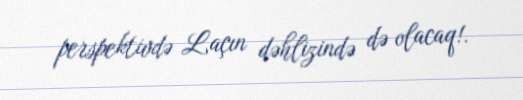
perspektivdə Laçın dəhlizində də olacaq!.